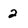
Character: 2